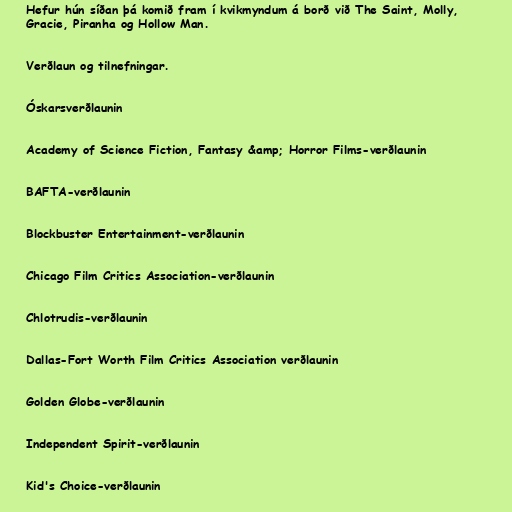
Hefur hún síðan þá komið fram í kvikmyndum á borð við The Saint, Molly,
Gracie, Piranha og Hollow Man.

Verðlaun og tilnefningar.

Óskarsverðlaunin

Academy of Science Fiction, Fantasy &amp; Horror Films-verðlaunin

BAFTA-verðlaunin

Blockbuster Entertainment-verðlaunin

Chicago Film Critics Association-verðlaunin

Chlotrudis-verðlaunin

Dallas-Fort Worth Film Critics Association verðlaunin

Golden Globe-verðlaunin

Independent Spirit-verðlaunin

Kid's Choice-verðlaunin